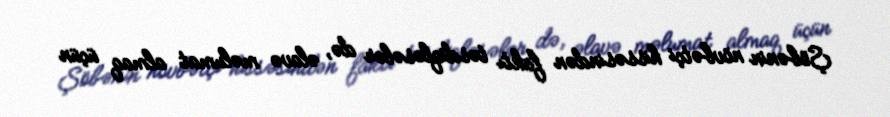
Şöbənin növbətçi hissəsindən faktı təsdiqləsələr də, əlavə məlumat almaq üçün